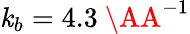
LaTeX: \mathit{k}_{b}=4.3~\AA^{-1}